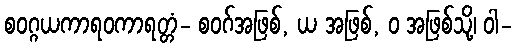
စဝဂ္ဂယကာရဝကာရတ္တံ- စဝဂ်အဖြစ်, ယ အဖြစ်, ဝ အဖြစ်သို့၊ ဝါ-